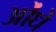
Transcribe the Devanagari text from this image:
ओंधे